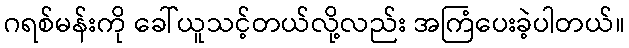
ဂရစ်မန်းကို ခေါ်ယူသင့်တယ်လို့လည်း အကြံပေးခဲ့ပါတယ်။